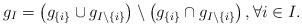
LaTeX: \begin{align*}g_I = \big(g_{\{i\}}\cup g_{I\setminus\{i\}}\big)\setminus \big(g_{\{i\}} \cap g_{I\setminus\{i\}}\big)\,,\forall i\in I.\end{align*}